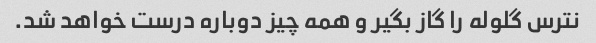
نترس گلوله را گاز بگیر و همه چیز دوباره درست خواهد شد.